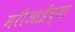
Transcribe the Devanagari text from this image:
मरीआईच्या